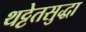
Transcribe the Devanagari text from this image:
थट्टेतसुद्धा